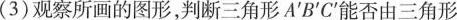
(3)观察所画的图形，判断三角形A'B'C'能否由三角形